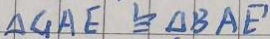
\Delta G A E \cong \Delta B A E ^ { \prime }